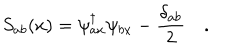
S _ { a b } ( x ) = \psi _ { a x } ^ { \dagger } \psi _ { b x } - \frac { \delta _ { a b } } { 2 } \quad .